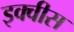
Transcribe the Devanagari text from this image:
इक्वीस